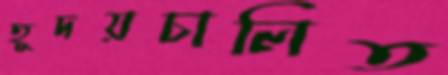
হূদয়চালিত